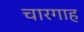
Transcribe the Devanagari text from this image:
चारगाह